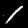
Label: 1